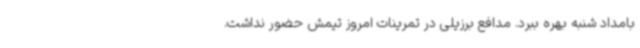
بامداد شنبه بهره ببرد. مدافع برزیلی در تمرینات امروز تیمش حضور نداشت.